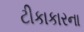
ટીકાકારના